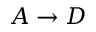
A \rightarrow D